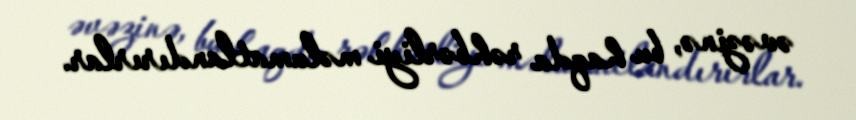
əvəzinə, bu haqda rəhbərliyi məlumatlandırırlar.